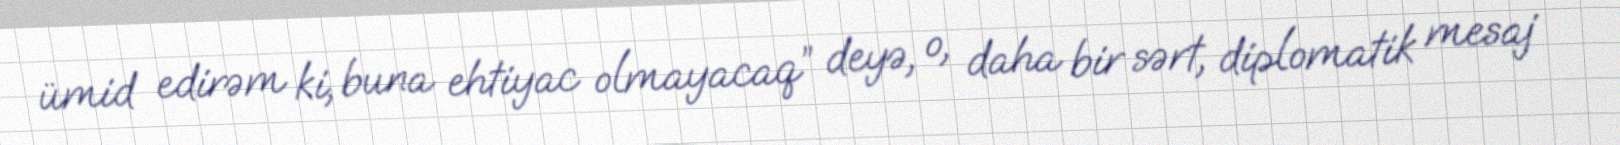
ümid edirəm ki, buna ehtiyac olmayacaq” deyə, o, daha bir sərt, diplomatik mesaj